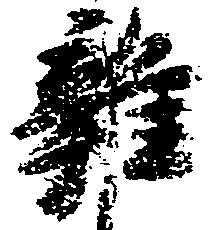
雑